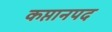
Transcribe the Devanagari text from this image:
कप्तानपद